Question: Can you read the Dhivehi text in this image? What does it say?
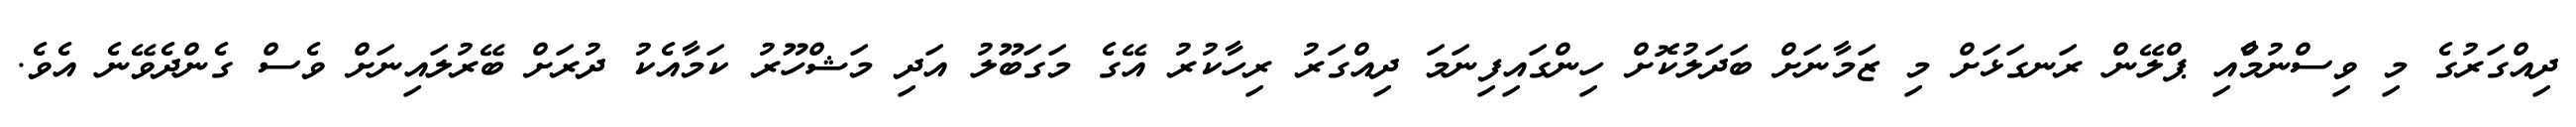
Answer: ދިއްގަރުގެ މި ވިސްނުމްާއި ޕްލޭން ރަނގަޅަށް މި ޒަމާނަށް ބަދަލުކޮށް ހިންގައިފިނަމަ ދިއްގަރު ރިހާކުރު އޭގެ މަގަބޫލު އަދި މަޝްހޫރު ކަމާއެކު ދުރަށް ބޭރުލައިނަށް ވެސް ގެންދެވޭނެ އެވެ.